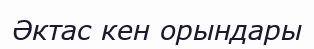
Әктас кен орындары